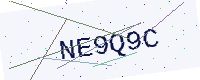
Text: NE9Q9C